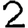
Digit: 2